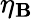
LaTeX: \eta_{\mathbf{B}}